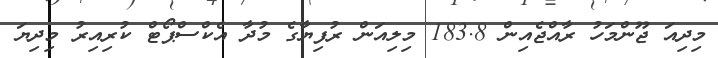
މިދިއަ ޖޫންމަހު ރާއްޖެއިން 183.8 މިލިއަން ރުފިޔާގެ މުދާ އެކްސްޕޯޓް ކުރިއިރު މިދިޔަ